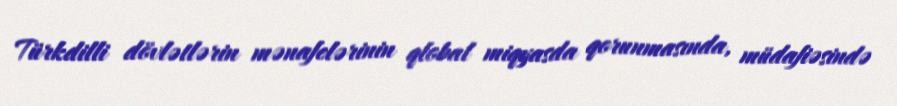
Türkdilli dövlətlərin mənafelərinin qlobal miqyasda qorunmasında, müdafiəsində